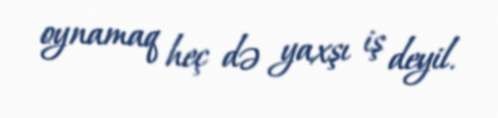
oynamaq heç də yaxşı iş deyil.